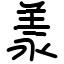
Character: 羕